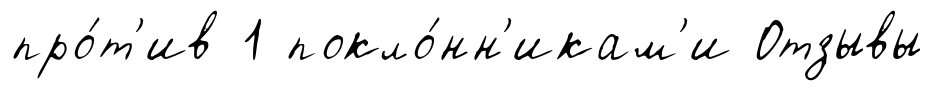
про́т'ив 1 покло́нн'икам'и Отзывы